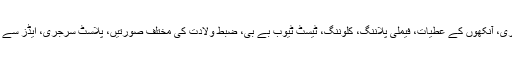
طب کی دنیا میں Mercy Killing خون کی منتقلی، اعضا کی پیوند کاری، آنکھوں کے عطیات، فیملی پلاننگ، کلوننگ، ٹیسٹ ٹیوب بے بی، ضبط ولادت کی مختلف صورتیں، پلاسٹ سرجری، ایڈز سے متعلق مسائل اور بہت سے دوسرے طبی موضوعات کا ہمیں سامنا ہے۔